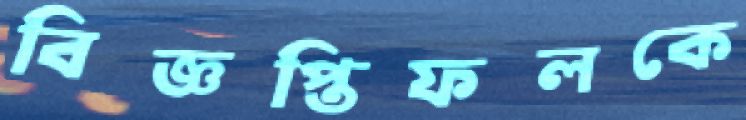
বিজ্ঞপ্তিফলকে